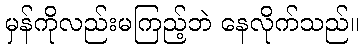
မှန်ကိုလည်းမကြည့်ဘဲ နေလိုက်သည်။